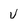
Character: v